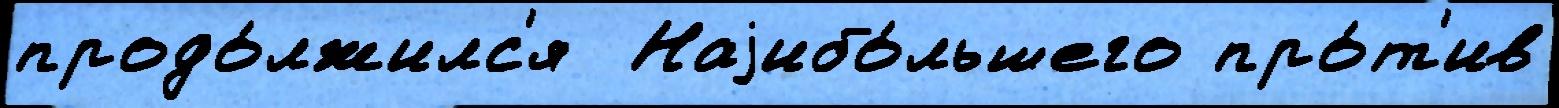
продо́лжилс'я  Наjибо́льшего про́т'ив